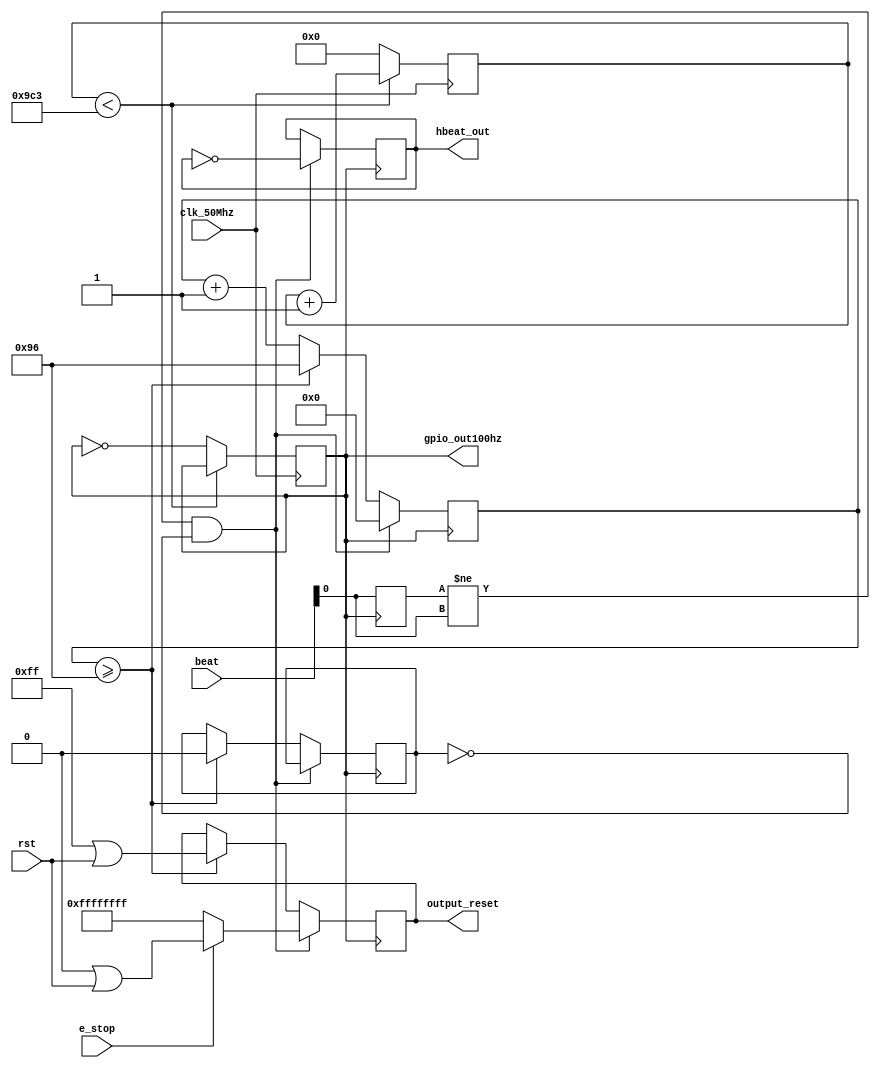
//heartbeat / watchdog module
//Dimitir Shreiber, Spencer Chang, Mark Stambaugh
//2020/02/14

module heartbeat(
output [31:0] output_reset,
input clk_50Mhz,
input [31:0] rst,
output gpio_out100hz,
output hbeat_out,
input [31:0] beat,
input e_stop
);

	// generate 100 Hz from 50 MHz, bit flip at 200hz is equivalent to 100hz clock(square wave)
	reg [17:0] count_reg = 0; // 18 bit counter to 25Mhz
	reg out_100hz = 0;
	
	//Declarations for heartbeat
	reg beat_last = 0; 
	reg initial_loop = 1;
	reg beat_check = 0;
	reg [7:0] counter = 150;
	reg [31:0] temp_rst = 32'hFFFFFFFF;
	//rst pwm:0-7 quad:8-19 pid:20-27 pid_clock:28

	assign output_reset = temp_rst;
	assign gpio_out100hz = out_100hz;
	assign hbeat_out = beat_check;

	
	//Downsample clock
	always @(posedge clk_50Mhz) 
	begin
		if (count_reg < 2499) begin
			count_reg <= count_reg + 18'h1; //18 bit decimal 1
		end 
		else begin
			count_reg <= 0;
			out_100hz <= ~out_100hz;//this is now 10khz
		end
	end
	

	//Heartbeat
	always @(posedge out_100hz) 
	begin
		if ((beat_last != beat[0]) && (initial_loop == 0)) begin
			counter <= 0;
			beat_check <= !beat_check;
			//temp_rst <= 0;
			if (e_stop == 0)
				temp_rst <= 32'hFFFFFFFF;
			else
				temp_rst <= 0|rst; //bitwise or
		end
		else begin
			counter <= counter + 1;
			if (counter >= 150) begin
				temp_rst <= 32'h000000FF|rst;
				counter <= 8'h96; //150 decimal
				initial_loop <= 0;
			end
		end
		beat_last <= beat[0];
	end
	
	
endmodule